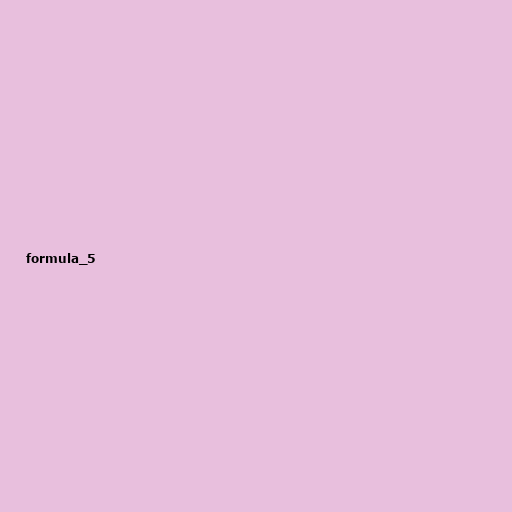
formula_5